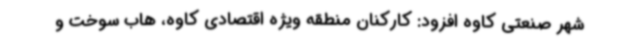
شهر صنعتی کاوه افزود: کارکنان منطقه ویژه اقتصادی کاوه، هاب سوخت و